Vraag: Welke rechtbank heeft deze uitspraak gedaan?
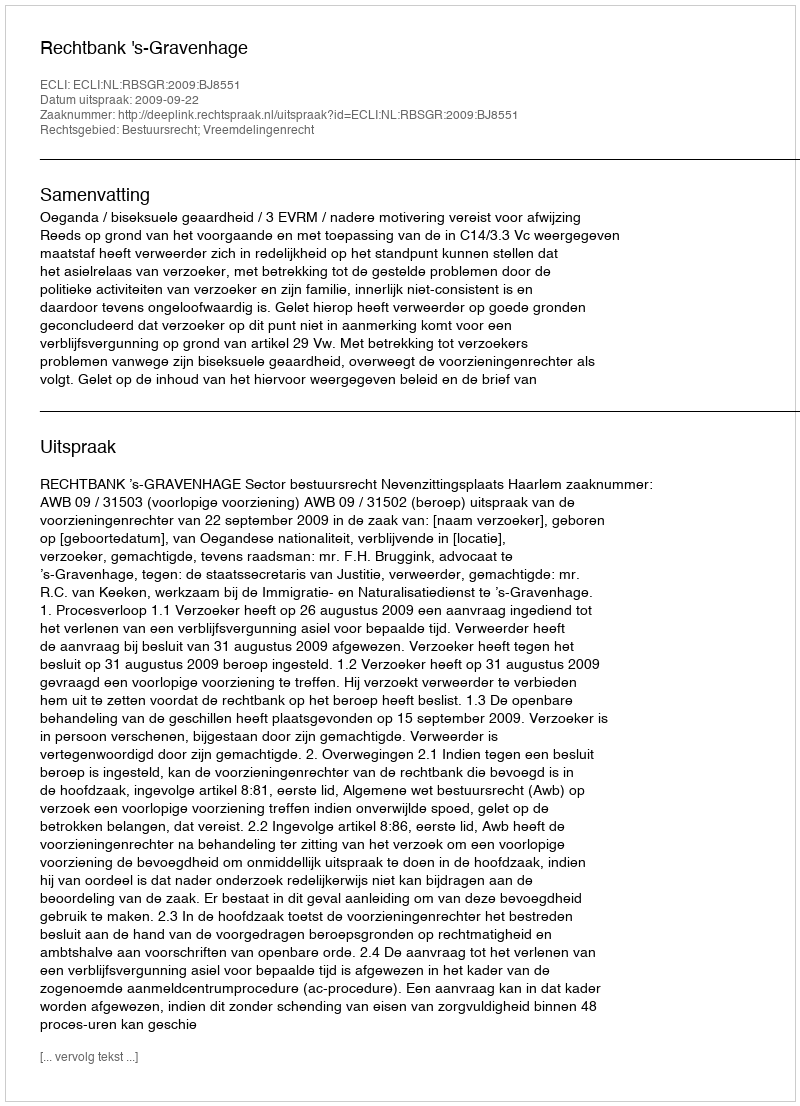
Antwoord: Rechtbank 's-Gravenhage